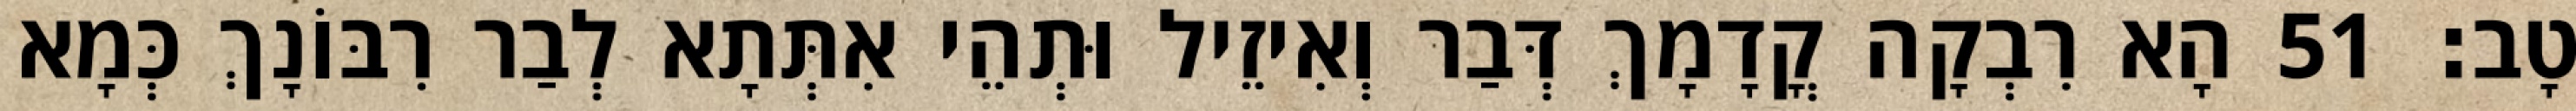
טָב׃ 51 הָא רִבְקָה קֳדָמָךְ דְּבַר וְאִיזֵיל וּתְהֵי אִתְּתָא לְבַר רִבּוֹנָךְ כְּמָא